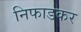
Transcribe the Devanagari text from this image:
निफाडकर